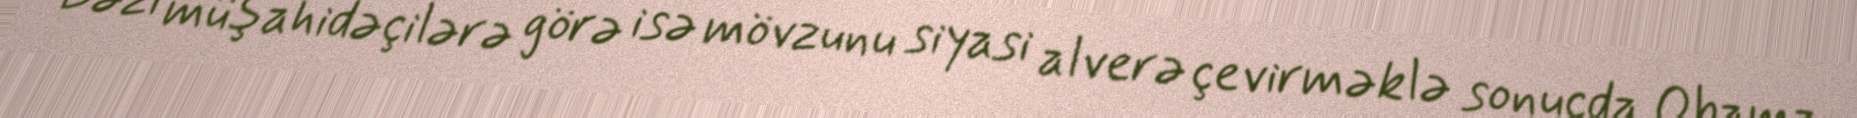
Bəzi müşahidəçilərə görə isə mövzunu siyasi alverə çevirməklə sonucda Obama